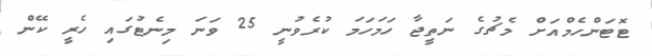
ޓޮޓަންހެމްއަށް މެޗުގެ ނަތީޖާ ހަމަހަމަ ކުރެވުނީ 25 ވަނަ މިނެޓުގައި ހެރީ ކޭން